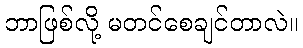
ဘာဖြစ်လို့ မတင်စေချင်တာလဲ။